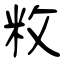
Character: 敉